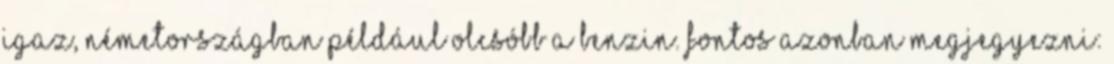
igaz, Németországban például olcsóbb a benzin. Fontos azonban megjegyezni: